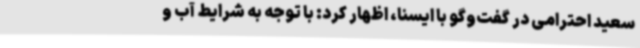
سعید احترامی در گفت‌وگو با ایسنا، اظهار کرد: با توجه به شرایط آب و